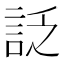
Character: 𧦟